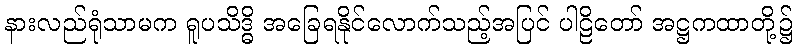
နားလည်ရုံသာမက ရူပသိဒ္ဓိ အခြေရနိုင်လောက်သည့်အပြင် ပါဠိတော် အဋ္ဌကထာတို့၌